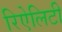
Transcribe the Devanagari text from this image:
रिऐलिटी